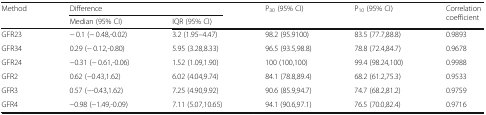
<table><thead><tr><td rowspan="2"><b>Method</b></td><td colspan="2"><b>Difference</b></td><td rowspan="2"><b>P<sub>30</sub> (95% CI)</b></td><td rowspan="2"><b>P<sub>10</sub> (95% CI)</b></td><td rowspan="2"><b>Correlation coefficient</b></td></tr><tr><td><b>Median (95% CI)</b></td><td><b>IQR (95% CI)</b></td></tr></thead><tbody><tr><td>GFR23</td><td>− 0.1 (− 0.48,-0.02)</td><td>3.2 (1.95–4.47)</td><td>98.2 (95.9100)</td><td>83.5 (77.7,88.8)</td><td>0.9893</td></tr><tr><td>GFR34</td><td>0.29 (− 0.12,-0.80)</td><td>5.95 (3.28,8.33)</td><td>96.5 (93.5,98.8)</td><td>78.8 (72.4,84.7)</td><td>0.9678</td></tr><tr><td>GFR24</td><td>−0.31 (− 0.61,-0.06)</td><td>1.52 (1.09,1.90)</td><td>100 (100,100)</td><td>99.4 (98.24,100)</td><td>0.9988</td></tr><tr><td>GFR2</td><td>0.62 (−0.43,1.62)</td><td>6.02 (4.04,9.74)</td><td>84.1 (78.8,89.4)</td><td>68.2 (61.2,75.3)</td><td>0.9533</td></tr><tr><td>GFR3</td><td>0.57 (−-0.43,1.62)</td><td>7.25 (4.90,9.92)</td><td>90.6 (85.9,94.7)</td><td>74.7 (68.2,81.2)</td><td>0.9759</td></tr><tr><td>GFR4</td><td>−0.98 (−1.49,-0.09)</td><td>7.11 (5.07,10.65)</td><td>94.1 (90.6,97.1)</td><td>76.5 (70.0,82.4)</td><td>0.9716</td></tr></tbody></table>